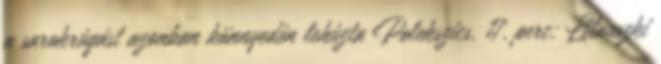
a sarokrúgást azonban könnyedén lehúzta Polekszics. 17. perc: Litauszki